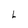
Character: L